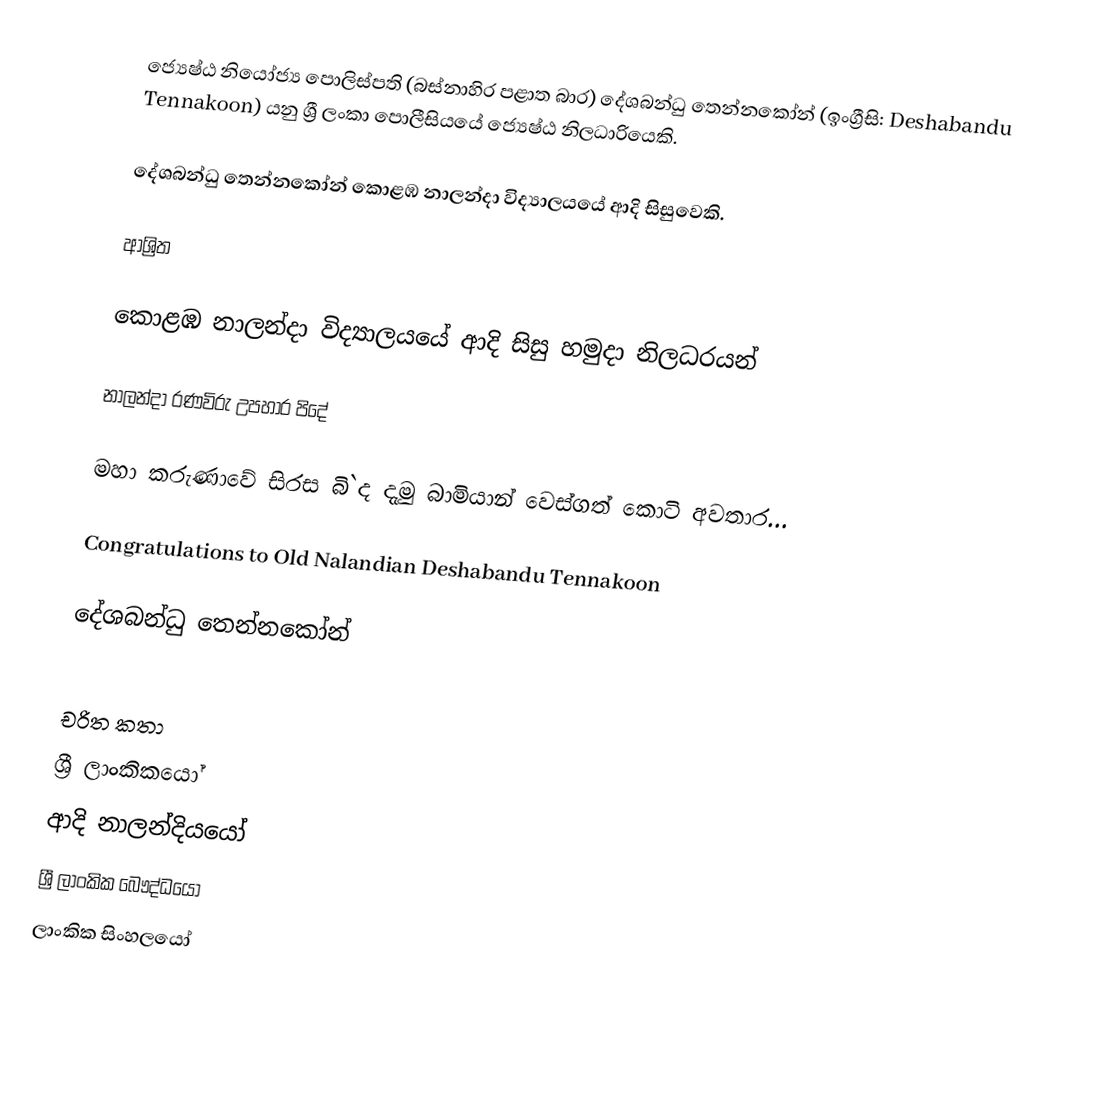
ජ්‍යෙෂ්ඨ නියෝජ්‍ය ‍පොලිස්පති (බස්නාහිර පළාත බාර) දේශබන්ධු තෙන්නකෝන් (ඉංග්‍රීසි: Deshabandu Tennakoon) යනු  ශ්‍රී ලංකා පොලීසියයේ ජ්‍යෙෂ්ඨ නිලධාරියෙකි.

දේශබන්ධු තෙන්නකෝන් කොළඹ නාලන්දා විද්‍යාලයයේ ආදි සිසුවෙකි.

ආශ්‍රිත

 කොළඹ නාලන්දා විද්‍යාලයයේ ආදි සිසු හමුදා නිලධරයන්

 නාලන්දා රණවිරු උපහාර පිදේ

 මහා කරුණාවේ සිරස බි`ද දැමු බාමියාන් වෙස්‌ගත් කොටි අවතාර...

 Congratulations to Old Nalandian Deshabandu Tennakoon

 දේශබන්ධු තෙන්නකෝන්

චරිත කතා
ශ්‍රී ලාංකිකයෝ
ආදි නාලන්දියයෝ
ශ්‍රී ලාංකික බෞද්ධයෝ
ලාංකික සිංහලයෝ